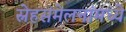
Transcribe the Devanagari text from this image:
स्नेहसंमेलनांमध्ये